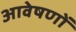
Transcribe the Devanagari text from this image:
आवेषणों